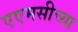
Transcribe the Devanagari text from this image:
एएमसीच्या